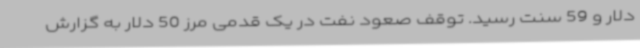
دلار و 59 سنت رسید. توقف صعود نفت در یک قدمی مرز 50 دلار به گزارش